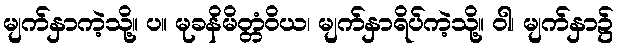
မျက်နှာကဲ့သို့။ ပ။ မုခနိမိတ္တံဝိယ၊ မျက်နှာရိပ်ကဲ့သို့။ ဝါ၊ မျက်နှာ၌